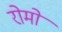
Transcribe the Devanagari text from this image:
रोमो